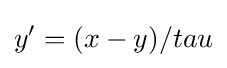
y'=(x-y)/tau